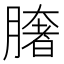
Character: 𦠏